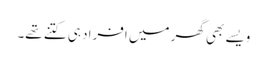
ویسے بھی گھر میں افراد ہی کتنے تھے۔